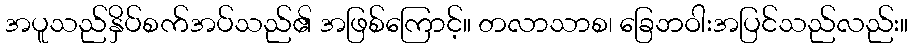
အပူသည်နှိပ်စက်အပ်သည်၏ အဖြစ်ကြောင့်။ တလာသာစ၊ ခြေဘဝါးအပြင်သည်လည်း။